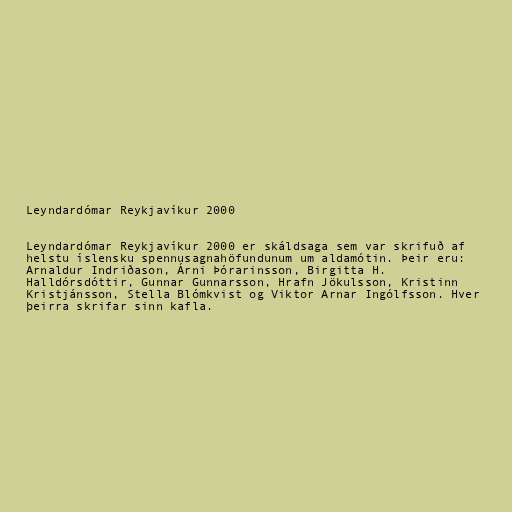
Leyndardómar Reykjavíkur 2000

Leyndardómar Reykjavíkur 2000 er skáldsaga sem var skrifuð af
helstu íslensku spennusagnahöfundunum um aldamótin. Þeir eru:
Arnaldur Indriðason, Árni Þórarinsson, Birgitta H.
Halldórsdóttir, Gunnar Gunnarsson, Hrafn Jökulsson, Kristinn
Kristjánsson, Stella Blómkvist og Viktor Arnar Ingólfsson. Hver
þeirra skrifar sinn kafla.